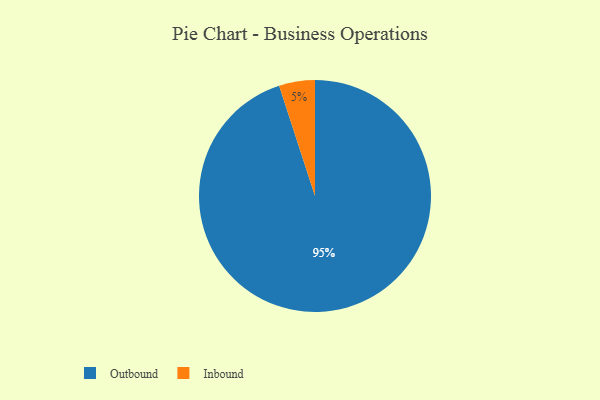
{"axis": {"x": "Category", "y": "Percentage"}, "legend": ["Inbound", "Outbound"], "data": [{"x": "Outbound", "y": 95, "type": "Outbound"}, {"x": "Inbound", "y": 5, "type": "Inbound"}]}